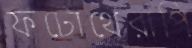
ফটোথেরাপি